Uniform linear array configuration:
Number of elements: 12
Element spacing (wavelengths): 0.75
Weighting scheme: hann
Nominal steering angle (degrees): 30
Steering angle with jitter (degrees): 31.504
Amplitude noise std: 0.05
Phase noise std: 0.05

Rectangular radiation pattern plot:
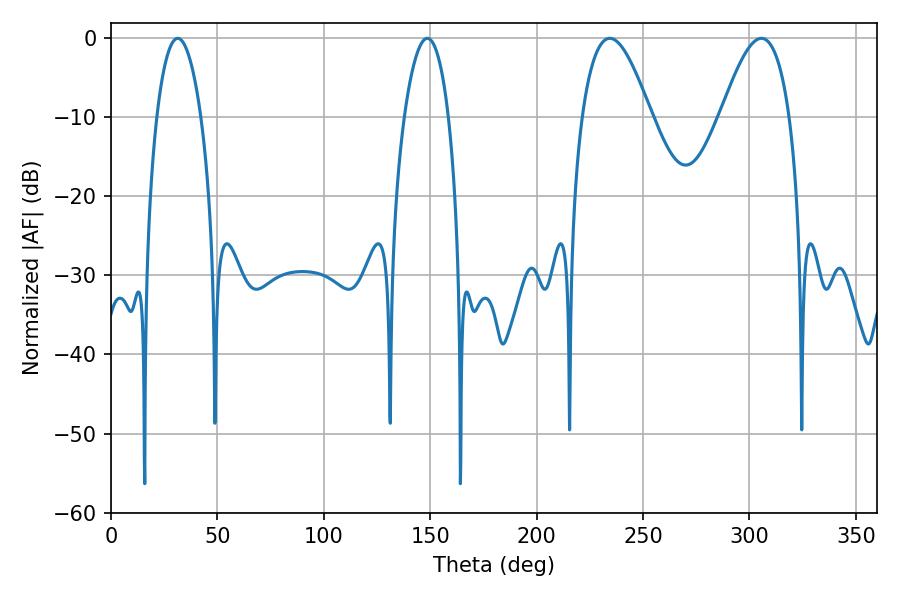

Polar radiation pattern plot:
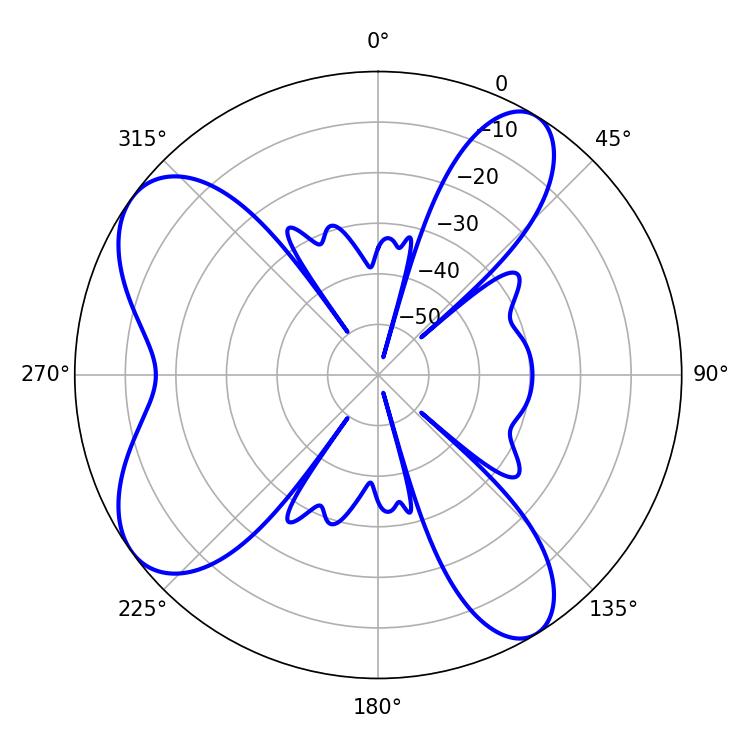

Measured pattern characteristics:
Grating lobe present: TRUE
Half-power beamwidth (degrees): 17.46
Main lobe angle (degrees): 234.36